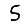
Digit: 5